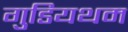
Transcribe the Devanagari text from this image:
गुडियथम